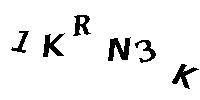
1KRN3K